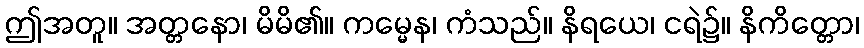
ဤအတူ။ အတ္တနော၊ မိမိ၏။ ကမ္မေန၊ ကံသည်။ နိရယေ၊ ငရဲ၌။ နိကိတ္တော၊